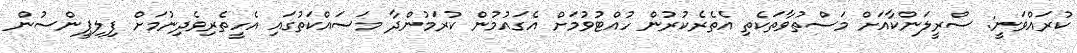
ކުރައްވަނީ: ސްރީލަންކާއަށް މަސްތުވާތަކެތި އެތެރެކުރުން ހުއްޓުވުމަށް އެގައުމުން ކުރަމުންދާ މަސައްކަތުގައި އެހީތެރިވެދިނުމަށް ފިލިޕީންސުން